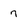
Character: 7